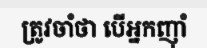
ត្រូវចាំថា បើអ្នកញ៉ាំ